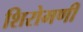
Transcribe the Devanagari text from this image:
शिरोमणी